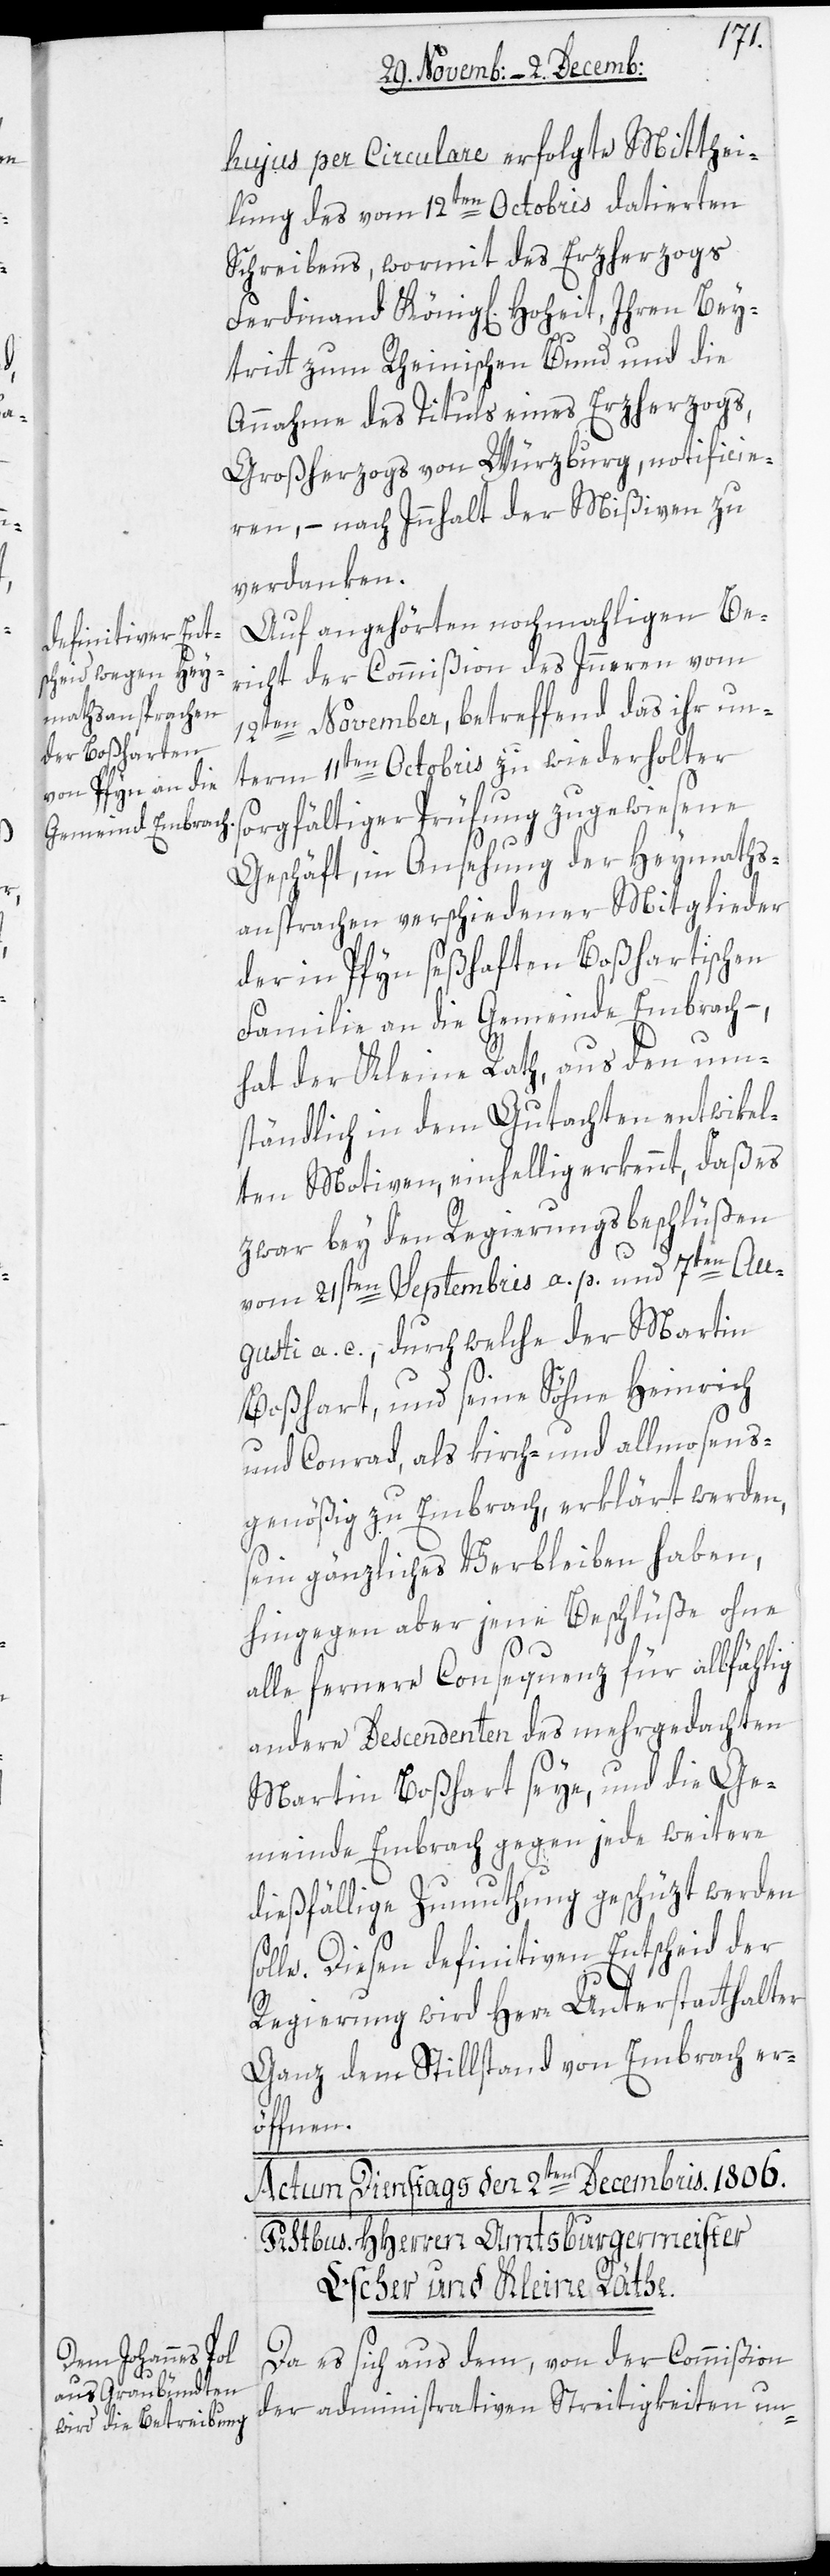
hujus per Circulare erfolgte Mitthei¬
lung des vom 12ten Octobris datierten
Schreibens, wormit des Erzherzogs
Ferdinand Königl[iche] Hoheit, ihren Bey¬
tritt zum Rheinischen Bund und die
Annahme des Tituls eines Erzherzogs,
Großherzogs von Würzburg, notificie¬
ren, – nach Inhalt der Mißiven zu
verdanken.
Auf angehörten nochmaligen Be¬
richt der Commißion des Inneren vom
12ten November, betreffend das ihr un¬
term 11ten Octobris zu wiederholter
sorgfältiger Prüfung zugewiesene
Geschäft, in Ansehung der Heymaths¬
ansprachen verschiedener Mitglieder
der in Pfyn seßhaften Boßhartischen
Familie an die Gemeinde Embrach,
hat der Kleine Rath, aus den um¬
ständlich in dem Gutachten entwikel¬
ten Motiven, einhellig erkennt, daß es
zwar bey den Regierungsbeschlüßen
vom 21sten Septembris a. p. und 7ten Au¬
gusti a. c., durch welche der Martin
Boßhart und seine Söhne Heinrich
und Conrad, als kirch- und allmosens¬
genößig zu Embrach, erklärt werden,
sein gänzliches Verbleiben haben,
hingegen aber jene Beschlüße ohne
alle fernere Consequenz für allfählig
andere Descendenten des mehrgedachten
Martin Boßhart seye, und die Ge¬
meinde Embrach gegen jede weitere
dießfällige Zumuthung geschüzt werden
solle. Diesen definitiven Entscheid der
Regierung wird Herr Unterstatthalter
Ganz dem Stillstand von Embrach er¬
öffnen.
Da es sich aus dem, von der Commißion
der administrativen Streitigkeiten un-